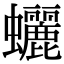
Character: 𧕯